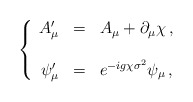
\begin{align*}\left\{\begin{array}{rcl}A^{\prime}_{\mu} & = & A_{\mu}+\partial_{\mu}\chi\, ,\\& & \\\psi_{\mu}^{\prime} & = & e^{-ig\chi\sigma^{2}} \psi_{\mu}\, ,\\\end{array}\right.\end{align*}